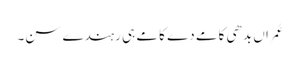
عُمراں بدھی کامے دے کامے ہی رہندے سن۔